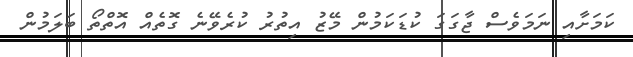
ކަމަށާއި ނަމަވެސް ޖާގަގަ ކުޑަކަމުން މޭޒު އިތުރު ކުރެވޭނެ ގޮތެއް އޮތްތޯ ބަލަމުން